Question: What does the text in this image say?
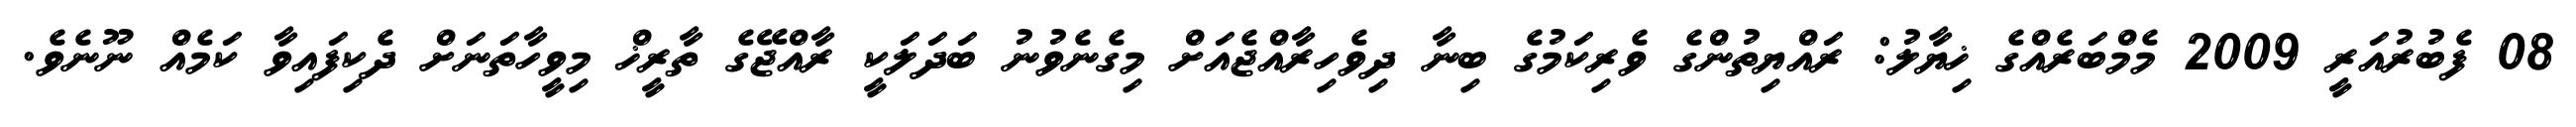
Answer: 08 ފެބުރުއަރީ 2009 މެމްބަރެއްގެ ޚިޔާލު: ރައްޔިތުންގެ ވެރިކަމުގެ ބިނާ ދިވެހިރާއްޖެއަށް މިގެނެވުނު ބަދަލަކީ ރާއްޖޭގެ ތާރީޚް މިވީހާތަނަށް ދެކިފައިވާ ކަމެއް ނޫނެވެ.